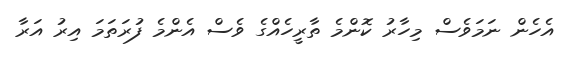
އެހެން ނަމަވެސް މިހާރު ކޮންމެ ތާރީހެއްގެ ވެސް އެންމެ ފުރަތަމަ އިރު އަރާ